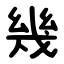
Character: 幾